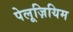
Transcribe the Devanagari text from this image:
पेलूज़ियिम